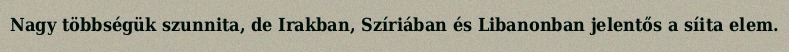
Nagy többségük szunnita, de Irakban, Szíriában és Libanonban jelentős a síita elem.